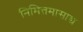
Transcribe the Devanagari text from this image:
निमित्तमासाद्य